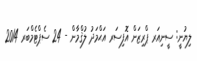
ލިޔުނީ: ސީނިއަރ ޕްރިޒަން އޮފިސަރ އަޙްމަދު ލުޤްމާން - 24 ސެޕްޓެމްބަރ 2014